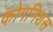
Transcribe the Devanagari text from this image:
कोगनिशंस